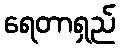
ရေတာရှည်